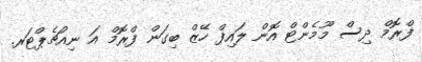
ފްރޮމް ދިސް މޫމެންޓް އޮން ލައިފް ހޭޒް ބިގަން ފްރޮމް އަ ނިއުޗެޕްޓަރ.